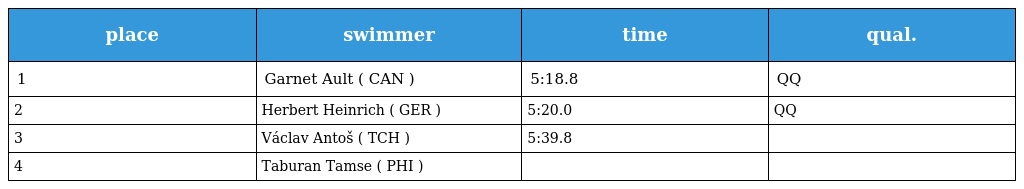
| place | swimmer | time | qual. |
 | --- | --- | --- | --- |
 | 1 | Garnet Ault ( CAN ) | 5:18.8 | QQ |
 | 2 | Herbert Heinrich ( GER ) | 5:20.0 | QQ |
 | 3 | Václav Antoš ( TCH ) | 5:39.8 |  |
 | 4 | Taburan Tamse ( PHI ) |  |  |